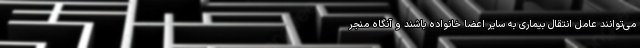
می‌توانند عامل انتقال بیماری به سایر اعضا خانواده باشند و آنگاه منجر